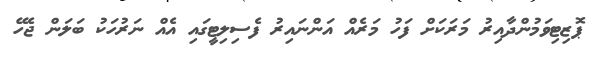
ޕޮޒިޓިވަމުންދާއިރު މަރަކަށް ފަހު މަރެއް އަންނައިރު ފެސިލިޓީގައި އެއް ނަރުހަކު ބަލަން ޖެހޭ